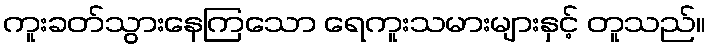
ကူးခတ်သွားနေကြသော ရေကူးသမားများနှင့် တူသည်။